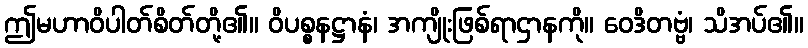
ဤမဟာဝိပါတ်စိတ်တို့၏။ ဝိပစ္စနဋ္ဌာနံ၊ အကျိုးဖြစ်ရာဌာနကို။ ဝေဒိတဗ္ဗံ၊ သိအပ်၏။